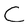
Character: C